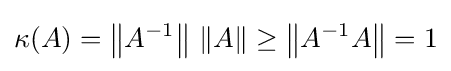
\kappa (A)=\left\|A^{-1}\right\|\,\left\|A\right\|\geq \left\|A^{-1}A\right\|=1